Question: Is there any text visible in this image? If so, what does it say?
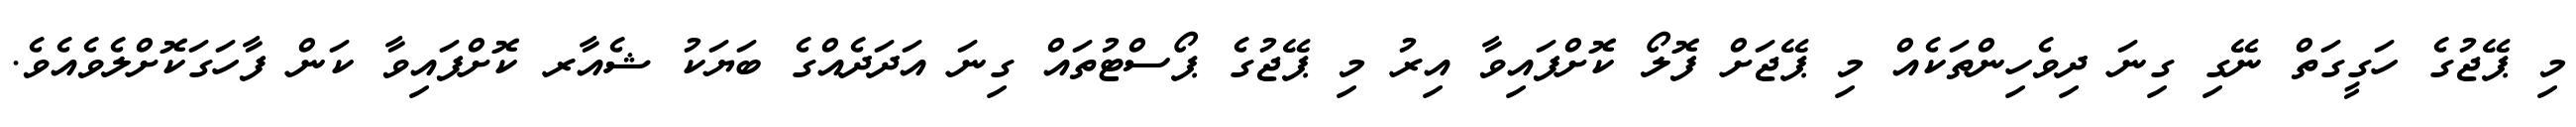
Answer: މި ޕޭޖުގެ ހަގީގަތް ނޭގި ގިނަ ދިވެހިންތަކެއް މި ޕޭޖަށް ފޮލޯ ކޮށްފައިވާ އިރު މި ޕޭޖުގެ ޕޯސްޓުތައް ގިނަ އަދަދެއްގެ ބަޔަކު ޝެއާރ ކޮށްފައިވާ ކަން ފާހަގަކޮށްލެވެއެވެ.